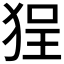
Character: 𱭼